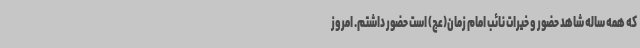
که همه ساله شاهد حضور و خیرات نائب امام زمان(عج) است حضور داشتم. امروز